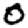
Digit: 0